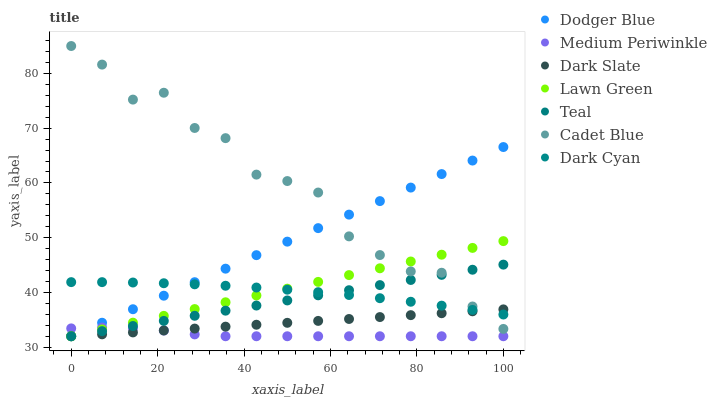
| xaxis_label | Dodger Blue | Medium Periwinkle | Dark Slate | Lawn Green | Teal | Cadet Blue | Dark Cyan |
 | --- | --- | --- | --- | --- | --- | --- | --- |
 | 0 | 32 | 33.4 | 32 | 32 | 32 | 85 | 41.9 |
 | 7.14 | 34.5 | 33.6 | 32.4 | 33.2 | 32.9 | 81.6 | 41.9 |
 | 14.3 | 36.9 | 33.5 | 32.7 | 34.5 | 33.9 | 75.2 | 41.8 |
 | 21.4 | 39.4 | 33 | 33.1 | 35.7 | 34.8 | 76.5 | 41.7 |
 | 28.6 | 41.9 | 32.3 | 33.4 | 37 | 35.7 | 70 | 41.5 |
 | 35.7 | 44.3 | 32 | 33.8 | 38.2 | 36.7 | 68.2 | 41.2 |
 | 42.9 | 46.8 | 32 | 34.1 | 39.4 | 37.6 | 61.5 | 40.9 |
 | 50 | 49.3 | 32 | 34.5 | 40.7 | 38.5 | 60.3 | 40.5 |
 | 57.1 | 51.7 | 32 | 34.8 | 41.9 | 39.5 | 58.2 | 40.1 |
 | 64.3 | 54.2 | 32 | 35.2 | 43.2 | 40.4 | 50.2 | 39.5 |
 | 71.4 | 56.7 | 32 | 35.5 | 44.4 | 41.3 | 46.8 | 38.9 |
 | 78.6 | 59.1 | 32 | 35.9 | 45.7 | 42.3 | 43.8 | 38.3 |
 | 85.7 | 61.6 | 32 | 36.2 | 46.9 | 43.2 | 43.6 | 37.6 |
 | 92.9 | 64.1 | 32 | 36.6 | 48.1 | 44.1 | 37.4 | 36.8 |
 | 100 | 66.6 | 32 | 36.9 | 49.4 | 45.1 | 33.3 | 36 |